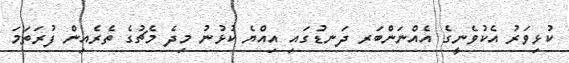
ކުޅިވަރު އެކުވެނީގެ އެއްނަންބަރ ދަނޑުގައި އިއްޔެ ކުޅުނު މިދެ މެޗުގެ ތެރެއިން ފުރަތަމަ